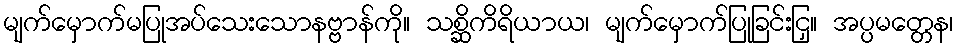
မျက်မှောက်မပြုအပ်သေးသောနဗ္ဗာန်ကို။ သစ္ဆိကိရိယာယ၊ မျက်မှောက်ပြုခြင်းငြှ။ အပ္ပမတ္တေန၊